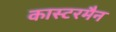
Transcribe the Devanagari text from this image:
कास्टरमैन